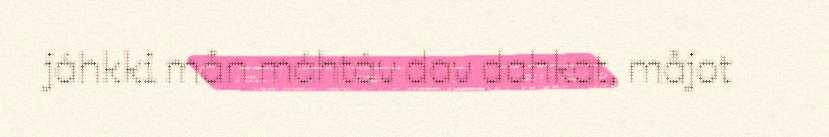
jáhkki mån máhtáv dav dahkat, måjot